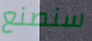
سنصنع